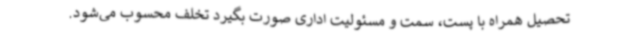
تحصیل همراه با پست، سمت و مسئولیت اداری صورت بگیرد تخلف محسوب می‌شود.